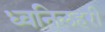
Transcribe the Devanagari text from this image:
ध्वनिलहरी